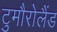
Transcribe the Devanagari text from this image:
टुमौरोलैंड